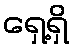
ရှေ့ရှိ